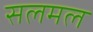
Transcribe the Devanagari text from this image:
सलमल